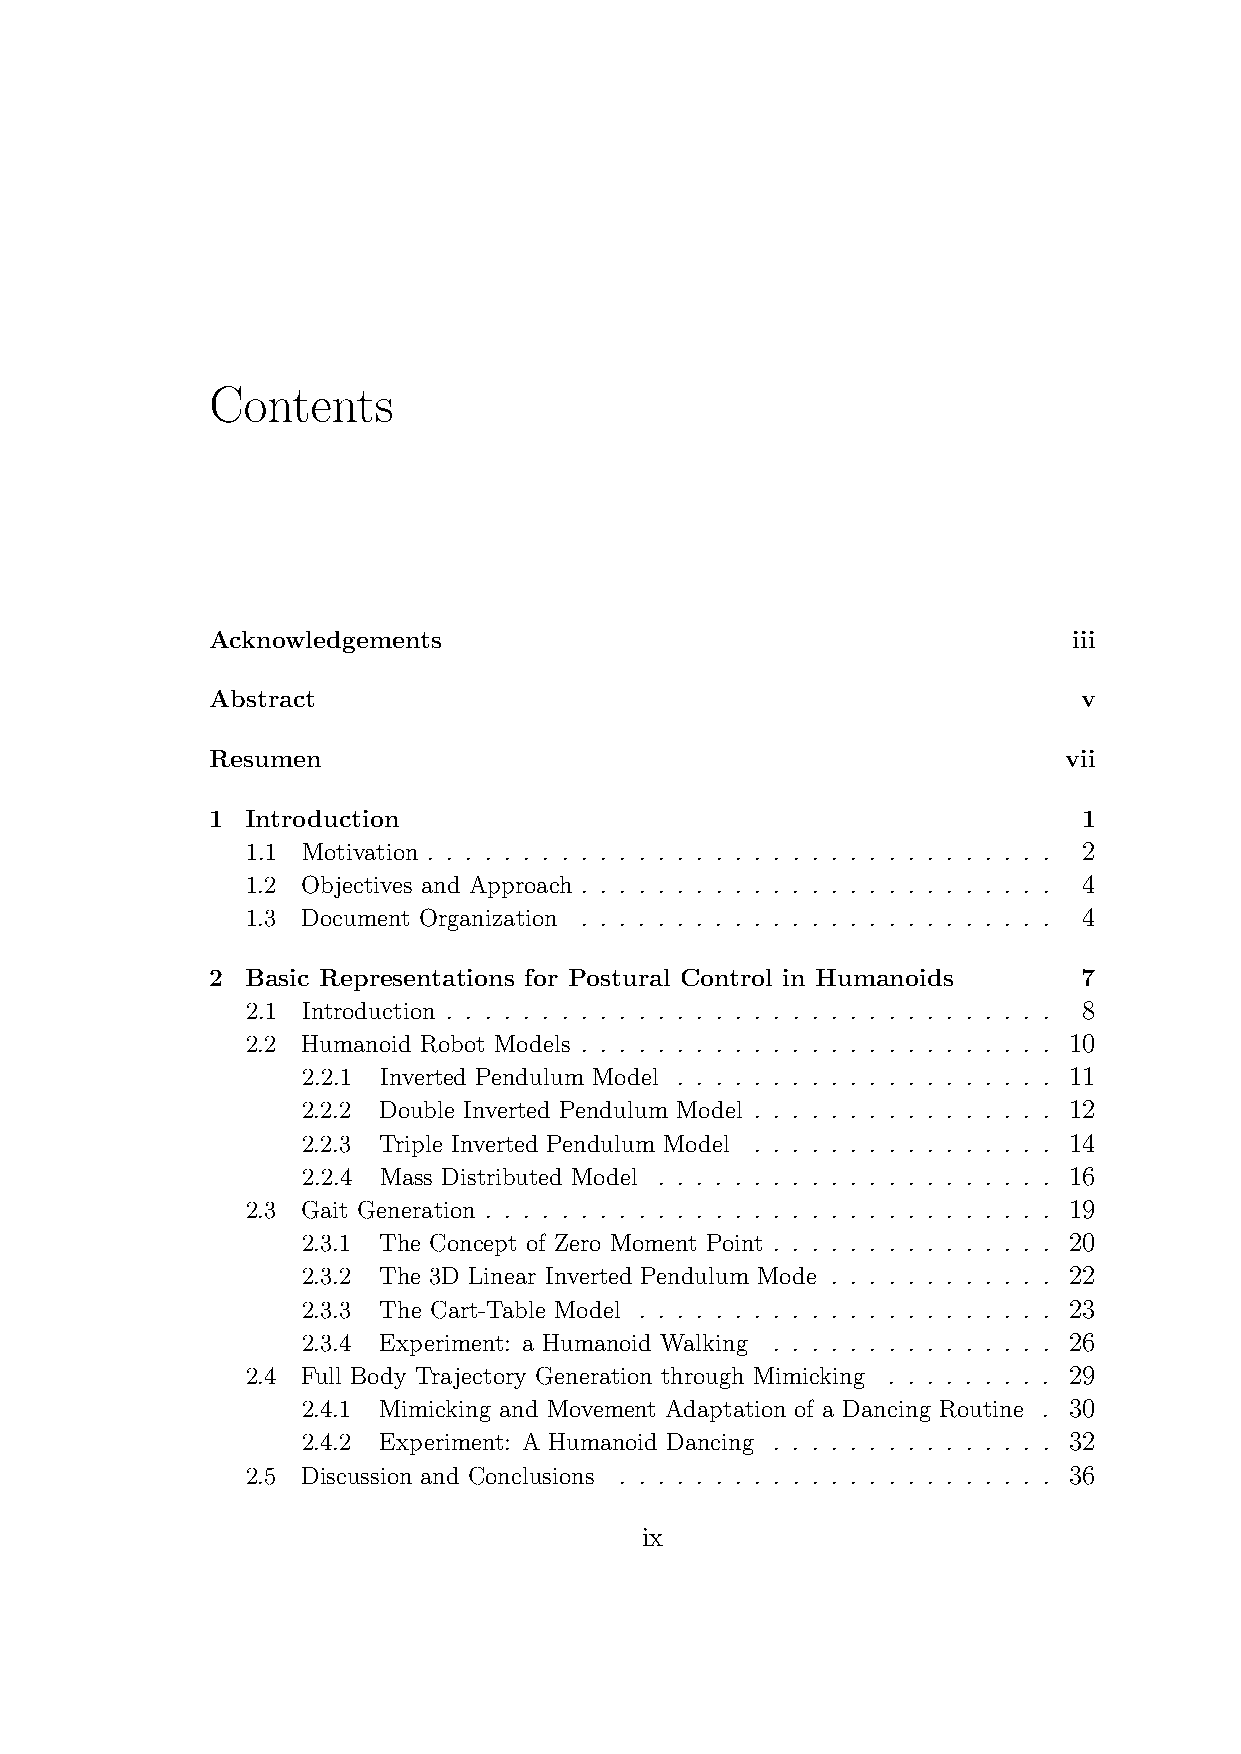
Contents
 Acknowledgements                                         iii
 Abstract                                                  v
 Resumen                                                 vii
 1 Introduction                                            1
 1.1 Motivation . . . . . . . . . . . . . . . . . . . . . . . . . . . . . . . . . 2
 1.2 Objectives and Approach . . . . . . . . . . . . . . . . . . . . . . . . . 4
 1.3 Document Organization . . . . . . . . . . . . . . . . . . . . . . . . . 4
 2 Basic Representations for Postural Control in Humanoids 7
 2.1 Introduction . . . . . . . . . . . . . . . . . . . . . . . . . . . . . . . . 8
 2.2 Humanoid Robot Models . . . . . . . . . . . . . . . . . . . . . . . . . 10
 2.2.1 Inverted Pendulum Model . . . . . . . . . . . . . . . . . . . . 11
 2.2.2 Double Inverted Pendulum Model . . . . . . . . . . . . . . . . 12
 2.2.3 Triple Inverted Pendulum Model . . . . . . . . . . . . . . . . 14
 2.2.4 Mass Distributed Model . . . . . . . . . . . . . . . . . . . . . 16
 2.3 Gait Generation . . . . . . . . . . . . . . . . . . . . . . . . . . . . . . 19
 2.3.1 The Concept of Zero Moment Point . . . . . . . . . . . . . . . 20
 2.3.2 The 3D Linear Inverted Pendulum Mode . . . . . . . . . . . . 22
 2.3.3 The Cart-Table Model . . . . . . . . . . . . . . . . . . . . . . 23
 2.3.4 Experiment: a Humanoid Walking . . . . . . . . . . . . . . . 26
 2.4 Full Body Trajectory Generation through Mimicking . . . . . . . . . 29
 2.4.1 Mimicking and Movement Adaptation of a Dancing Routine . 30
 2.4.2 Experiment: A Humanoid Dancing . . . . . . . . . . . . . . . 32
 2.5 Discussion and Conclusions . . . . . . . . . . . . . . . . . . . . . . . 36
 ix